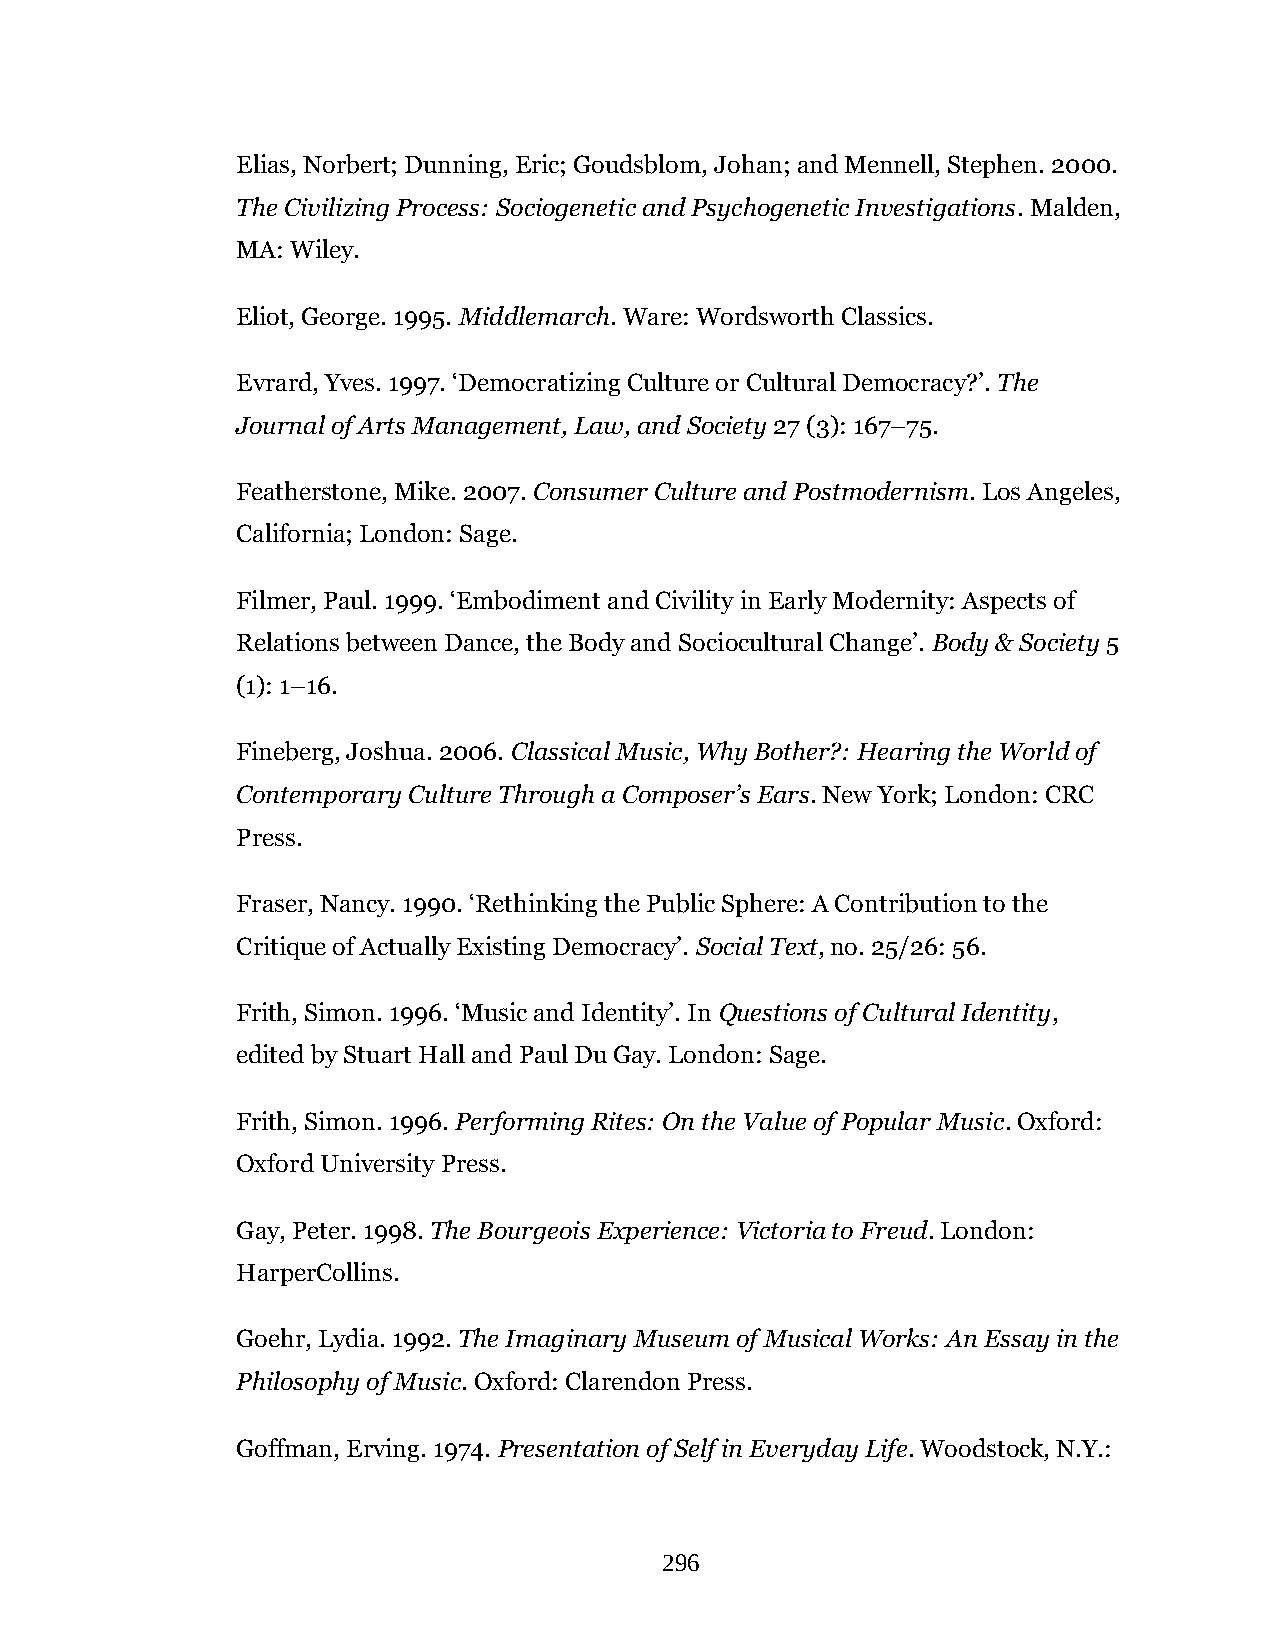
Elias, Norbert; Dunning, Eric; Goudsblom, Johan; and Mennell, Stephen. 2000.
 The Civilizing Process: Sociogenetic and Psychogenetic Investigations. Malden,
 MA: Wiley.
 Eliot, George. 1995. Middlemarch. Ware: Wordsworth Classics.
 Evrard, Yves. 1997. ‘Democratizing Culture or Cultural Democracy?’. The
 Journal of Arts Management, Law, and Society 27 (3): 167–75.
 Featherstone, Mike. 2007. Consumer Culture and Postmodernism. Los Angeles,
 California; London: Sage.
 Filmer, Paul. 1999. ‘Embodiment and Civility in Early Modernity: Aspects of
 Relations between Dance, the Body and Sociocultural Change’. Body & Society 5
 (1): 1–16.
 Fineberg, Joshua. 2006. Classical Music, Why Bother?: Hearing the World of
 Contemporary Culture Through a Composer’s Ears. New York; London: CRC
 Press.
 Fraser, Nancy. 1990. ‘Rethinking the Public Sphere: A Contribution to the
 Critique of Actually Existing Democracy’. Social Text, no. 25/26: 56.
 Frith, Simon. 1996. ‘Music and Identity’. In Questions of Cultural Identity,
 edited by Stuart Hall and Paul Du Gay. London: Sage.
 Frith, Simon. 1996. Performing Rites: On the Value of Popular Music. Oxford:
 Oxford University Press.
 Gay, Peter. 1998. The Bourgeois Experience: Victoria to Freud. London:
 HarperCollins.
 Goehr, Lydia. 1992. The Imaginary Museum of Musical Works: An Essay in the
 Philosophy of Music. Oxford: Clarendon Press.
 Goffman, Erving. 1974. Presentation of Self in Everyday Life. Woodstock, N.Y.:
 296